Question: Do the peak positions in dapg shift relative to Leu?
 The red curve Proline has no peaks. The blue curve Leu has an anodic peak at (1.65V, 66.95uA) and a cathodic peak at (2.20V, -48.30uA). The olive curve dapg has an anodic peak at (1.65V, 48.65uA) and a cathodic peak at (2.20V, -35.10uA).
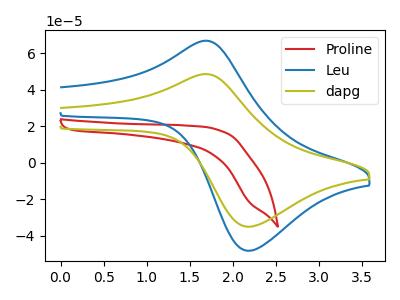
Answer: <think>All the peaks in "dapg" have a peak in "Leu" at the same potential. Every peak in "dapg" is lower than every peak in "Leu".
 </think>
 <answer>No, "dapg" and "Leu" don't appear to be significantly different in shape</answer>
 <eval>no_change</eval>